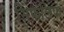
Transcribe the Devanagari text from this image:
सिफलिफ